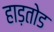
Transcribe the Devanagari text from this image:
हाड़तोड